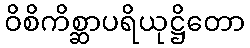
ဝိစိကိစ္ဆာပရိယုဋ္ဌိတော